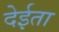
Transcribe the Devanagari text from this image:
देईता